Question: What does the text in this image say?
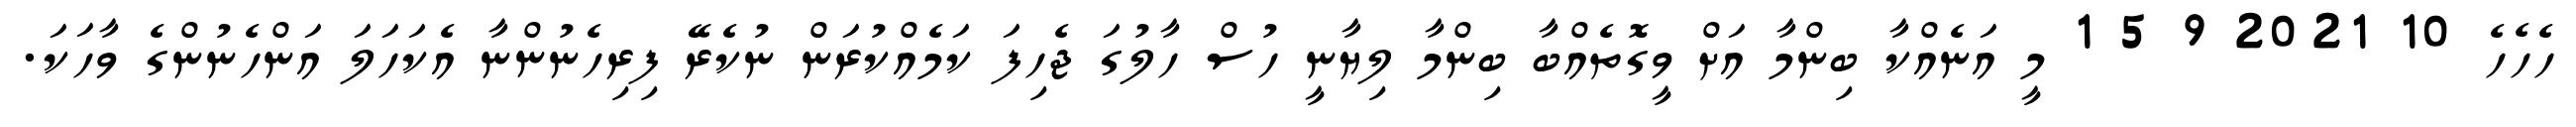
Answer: ހެހެހެ 10 2021 9 5 1 މީ އަނެއްކާ ބިންމާ އަށް ވީގޮތެއްބާ ބިންމާ ލިޔާނީ ހުސް ހާލުގަ ޖެހިފަ ކަމެއްކުރަން ނުކެރޭ ފިރިހެނުންނާ އެކަހަލަ އަންހެނުންގެ ވާހަކަ.